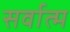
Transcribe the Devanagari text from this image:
सर्वात्म